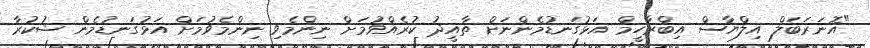
"އޮނަރަބަލް އިލްޔާސް އިބްރާހީމް އަޅުގަނޑުމެންނަށް ތާއީދު ކުރެއްވުމަށް ނިންމެވި ނިންމެވުމަށް އަޅުގަނޑުމެން ޝުކުރާ